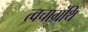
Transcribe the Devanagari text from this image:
त्वचाग्रंथि